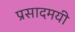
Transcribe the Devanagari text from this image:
प्रसादमयी